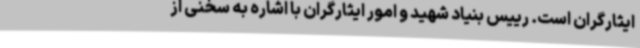
ایثارگران است. رییس بنیاد شهید و امور ایثارگران با اشاره به سخنی از